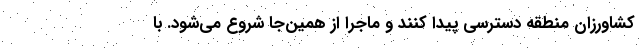
کشاورزان منطقه دسترسی پیدا کنند و ماجرا از همین‌جا شروع می‌شود. با